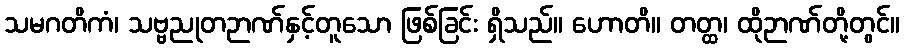
သမဂတိကံ၊ သဗ္ဗညုတဉာဏ်နှင့်တူသော ဖြစ်ခြင်း ရှိသည်။ ဟောတိ။ တတ္ထ၊ ထိုဉာဏ်တို့တွင်။